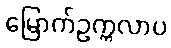
မြောက်ဥက္ကလာပ